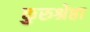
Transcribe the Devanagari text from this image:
कुरुश्रेष्ठा